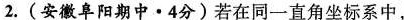
2.(安徽阜阳期中 · 4分)若在同一直角坐标系中，